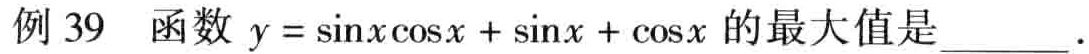
例 39  函数 \(y = \sin x\cos x+\sin x+\cos x\) 的最大值是______.